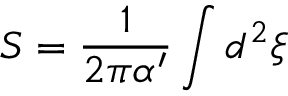
S = \frac { 1 } { 2 \pi \alpha ^ { \prime } } \int d ^ { 2 } \xi